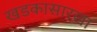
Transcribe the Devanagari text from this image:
खडकासारखा